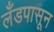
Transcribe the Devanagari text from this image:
लँडपासून